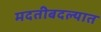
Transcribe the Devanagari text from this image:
मदतीबदल्यात